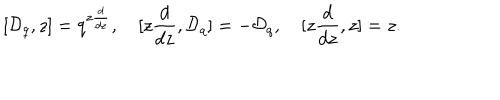
[ { \cal D } _ { q } , z ] = q ^ { z \frac { d } { d z } } , \quad [ z \frac { d } { d z } , { \cal D } _ { q } ] = - { \cal D } _ { q } , \quad [ z \frac { d } { d z } , z ] = z .